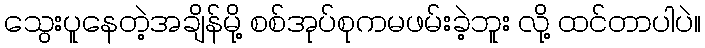
သွေးပူနေတဲ့အချိန်မို့ စစ်အုပ်စုကမဖမ်းခဲ့ဘူး လို့ ထင်တာပါပဲ။